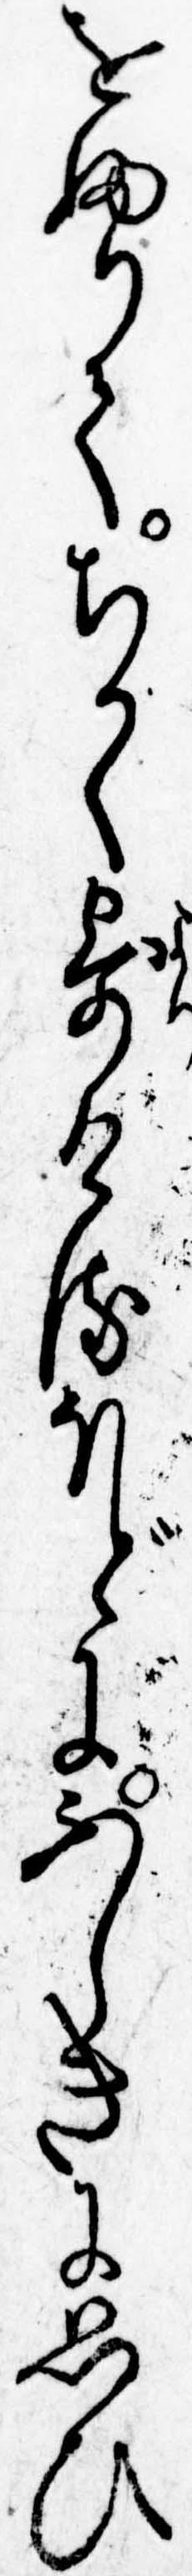
をふりてちかく寄けるほどにふしきに思ひ